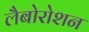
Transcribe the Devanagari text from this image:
लैबोरोशन